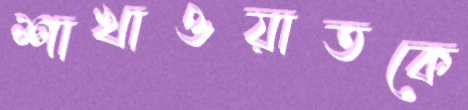
শাখাওয়াতকে